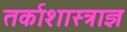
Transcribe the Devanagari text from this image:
तर्काशास्त्राज्ञ